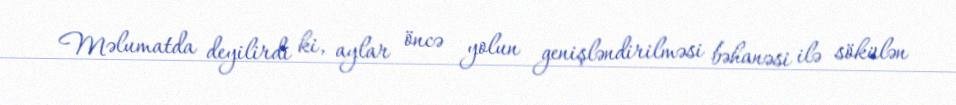
Məlumatda deyilirdi ki, aylar öncə yolun genişləndirilməsi bəhanəsi ilə sökülən